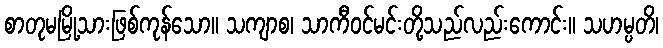
စာတုမမြို့သားဖြစ်ကုန်သော။ သကျာစ၊ သာကီဝင်မင်းတို့သည်လည်းကောင်း။ သဟမ္ပတိ၊